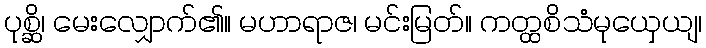
ပုစ္ဆိ၊ မေးလျှောက်၏။ မဟာရာဇ၊ မင်းမြတ်။ ကတ္ထစိသံမုယှေယျ၊